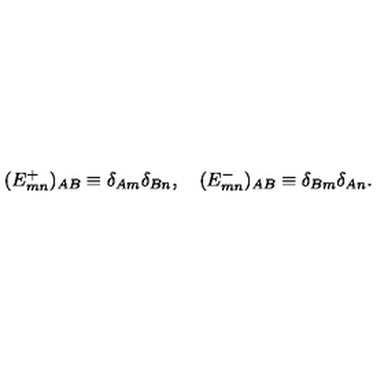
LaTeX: ( E _ { m n } ^ { + } ) _ { A B } \equiv \delta _ { A m } \delta _ { B n } , \quad ( E _ { m n } ^ { - } ) _ { A B } \equiv \delta _ { B m } \delta _ { A n } .